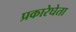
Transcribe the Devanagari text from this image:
प्रकारेघेता